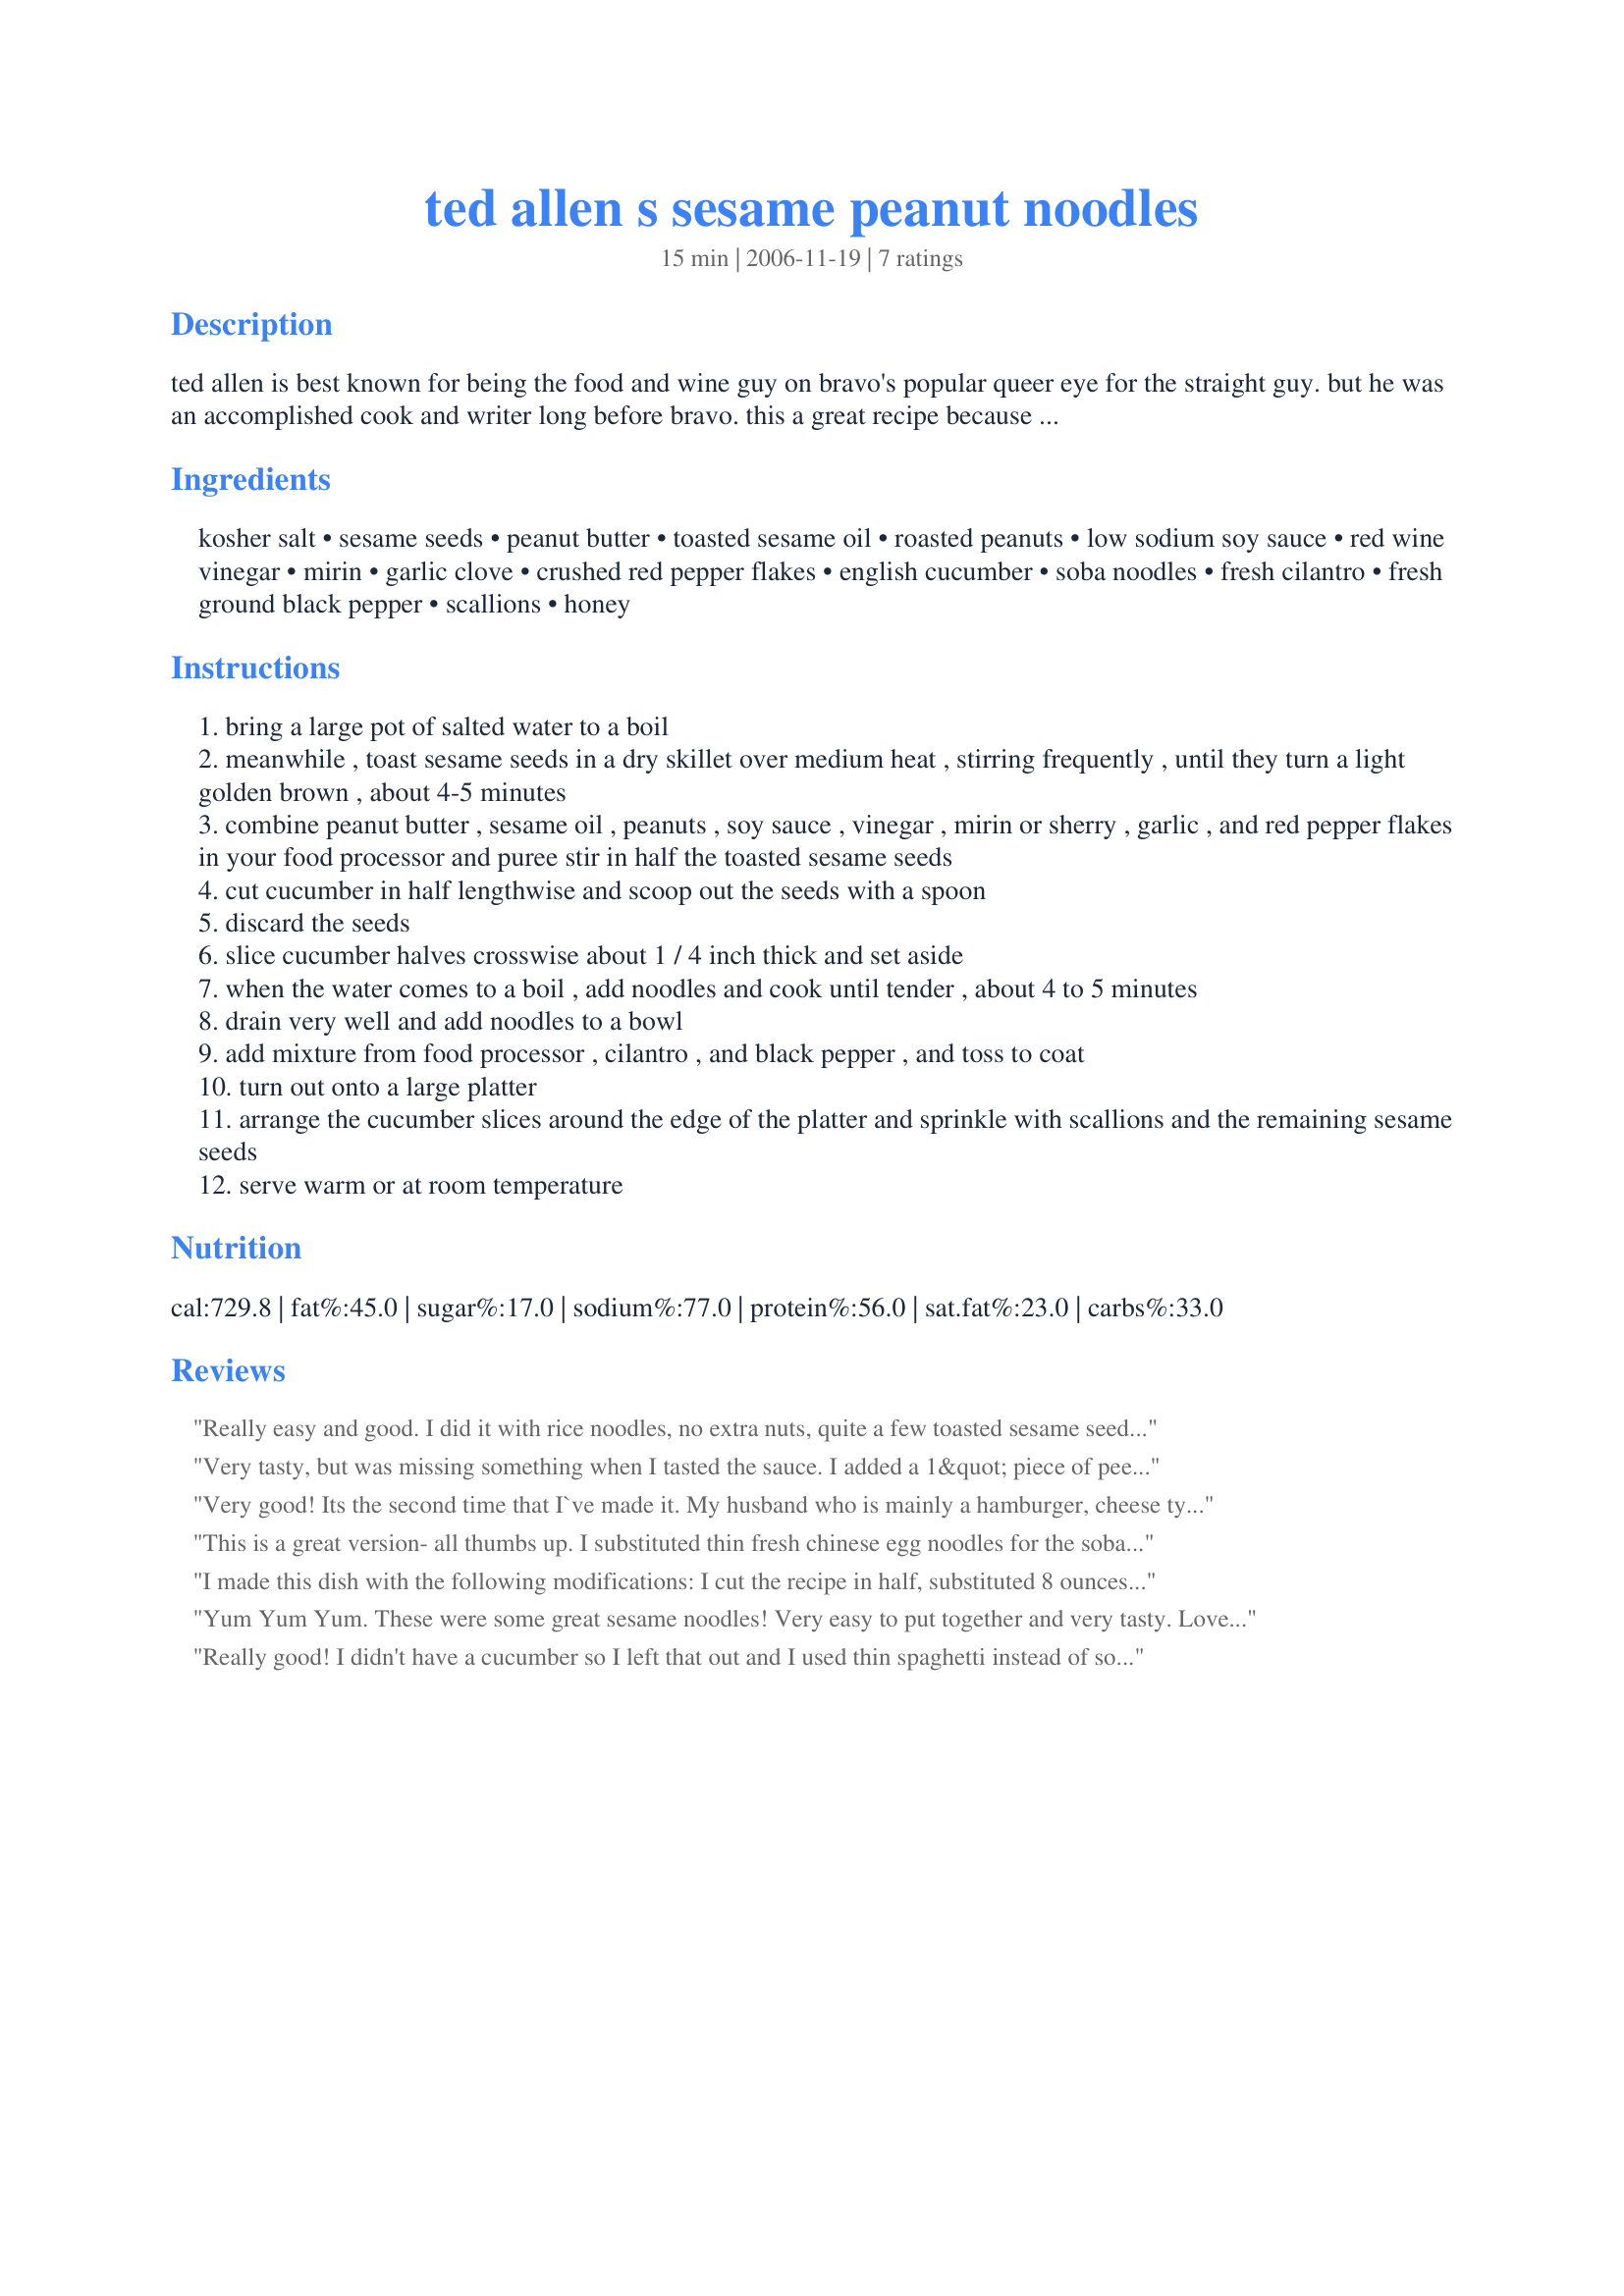
ted allen s sesame peanut noodles
Preparation time: 15 minutes

ted allen is best known for being the food and wine guy on bravo's popular queer eye for the straight guy. but he was an accomplished cook and writer long before bravo. this a great recipe because it takes little effort and produces results that make people think otherwise. allen says you can add cooked chicken or shrimp or asparagus to this dish. i like it with soba, a japanese-style noodle made from buckwheat, but you can make it with penne, fettuccine, or farfalle, as well.

Ingredients:
kosher salt, sesame seeds, peanut butter, toasted sesame oil, roasted peanuts, low sodium soy sauce, red wine vinegar, mirin, garlic clove, crushed red pepper flakes, english cucumber, soba noodles, fresh cilantro, fresh ground black pepper, scallions, honey

Steps:
bring a large pot of salted water to a boil
meanwhile , toast sesame seeds in a dry skillet over medium heat , stirring frequently , until they turn a light golden brown , about 4-5 minutes
combine peanut butter , sesame oil , peanuts , soy sauce , vinegar , mirin or sherry , garlic , and red pepper flakes in your food processor and puree stir in half the toasted sesame seeds
cut cucumber in half lengthwise and scoop out the seeds with a spoon
discard the seeds
slice cucumber halves crosswise about 1 / 4 inch thick and set aside
when the water comes to a boil , add noodles and cook until tender , about 4 to 5 minutes
drain very well and add noodles to a bowl
add mixture from food processor , cilantro , and black pepper , and toss to coat
turn out onto a large platter
arrange the cucumber slices around the edge of the platter and sprinkle with scallions and the remaining sesame seeds
serve warm or at room temperature

Reviews:
Really easy and good. I did it with rice noodles, no extra nuts, quite a few toasted sesame seeds no cilantro-blech! I would definitely make it again and served it with teriyaki chicken chunks. Good stuff, I bet it will be good leftover. Makes a lot.
Very tasty, but was missing something when I tasted the sauce. I added a 1&quot; piece of peeled and sliced ginger root, and about 5 shakes of fish sauce to the food processor when pureeing the sauce. Otherwise excellent. Don&#039;t skip toasting the sesame seeds as it really shows up in the final product.
Very good! Its the second time that I`ve made it. My husband who is mainly a hamburger, cheese type of guy really loved it! Now that`s saying something. I made it exactly as posted except I small diced the cucumbers & sprinkled them on top. Its going into my Favorites cook book to do again. Thanks for posting! Vi
This is a great version- all thumbs up. I substituted thin fresh chinese egg noodles for the soba noodles and used natural peanut butter. I tasted the sauce and added about 2 Tbsp. honey at step 3 for a nice balance. Also a splash of fresh lime juice might be great- I didn't have any at the time of making. Yum!
I made this dish with the following modifications: I cut the recipe in half, substituted 8 ounces of thin rice noodles (personal preference), natural organic peanut butter, and omitted the scallions, cilantro, and cucumbers as I didn't have any on hand. I opted to use Eden Mirin as opposed to sherry. 

The dish was awesome, and the left overs for lunch today tasted even better. This recipe is defintley a keeper, thanks NcMysteryShopper for submitting this recipe.
Yum Yum Yum. These were some great sesame noodles! Very easy to put together and very tasty. Loved the red wine vinegar in here too! Different but doesnt stand out. I cannot get Soba noodles in my neck of the woods for some reason so I used fettucine. Everything came out great. I added 2 Tbsp of honey at the end and mixed it all together. Great touch! Mellows everything together and adds just a touch of natural sweetness. You have the best recipes NCM. Thank you for sharing!
Really good! I didn't have a cucumber so I left that out and I used thin spaghetti instead of soba noodles. I also added a bit of lime juice, and a little bit more than 1 tbsp of honey added just the right amount of sweetness. This would be excellent with the addition of an assortment of vegetables and maybe even some chicken or something.
